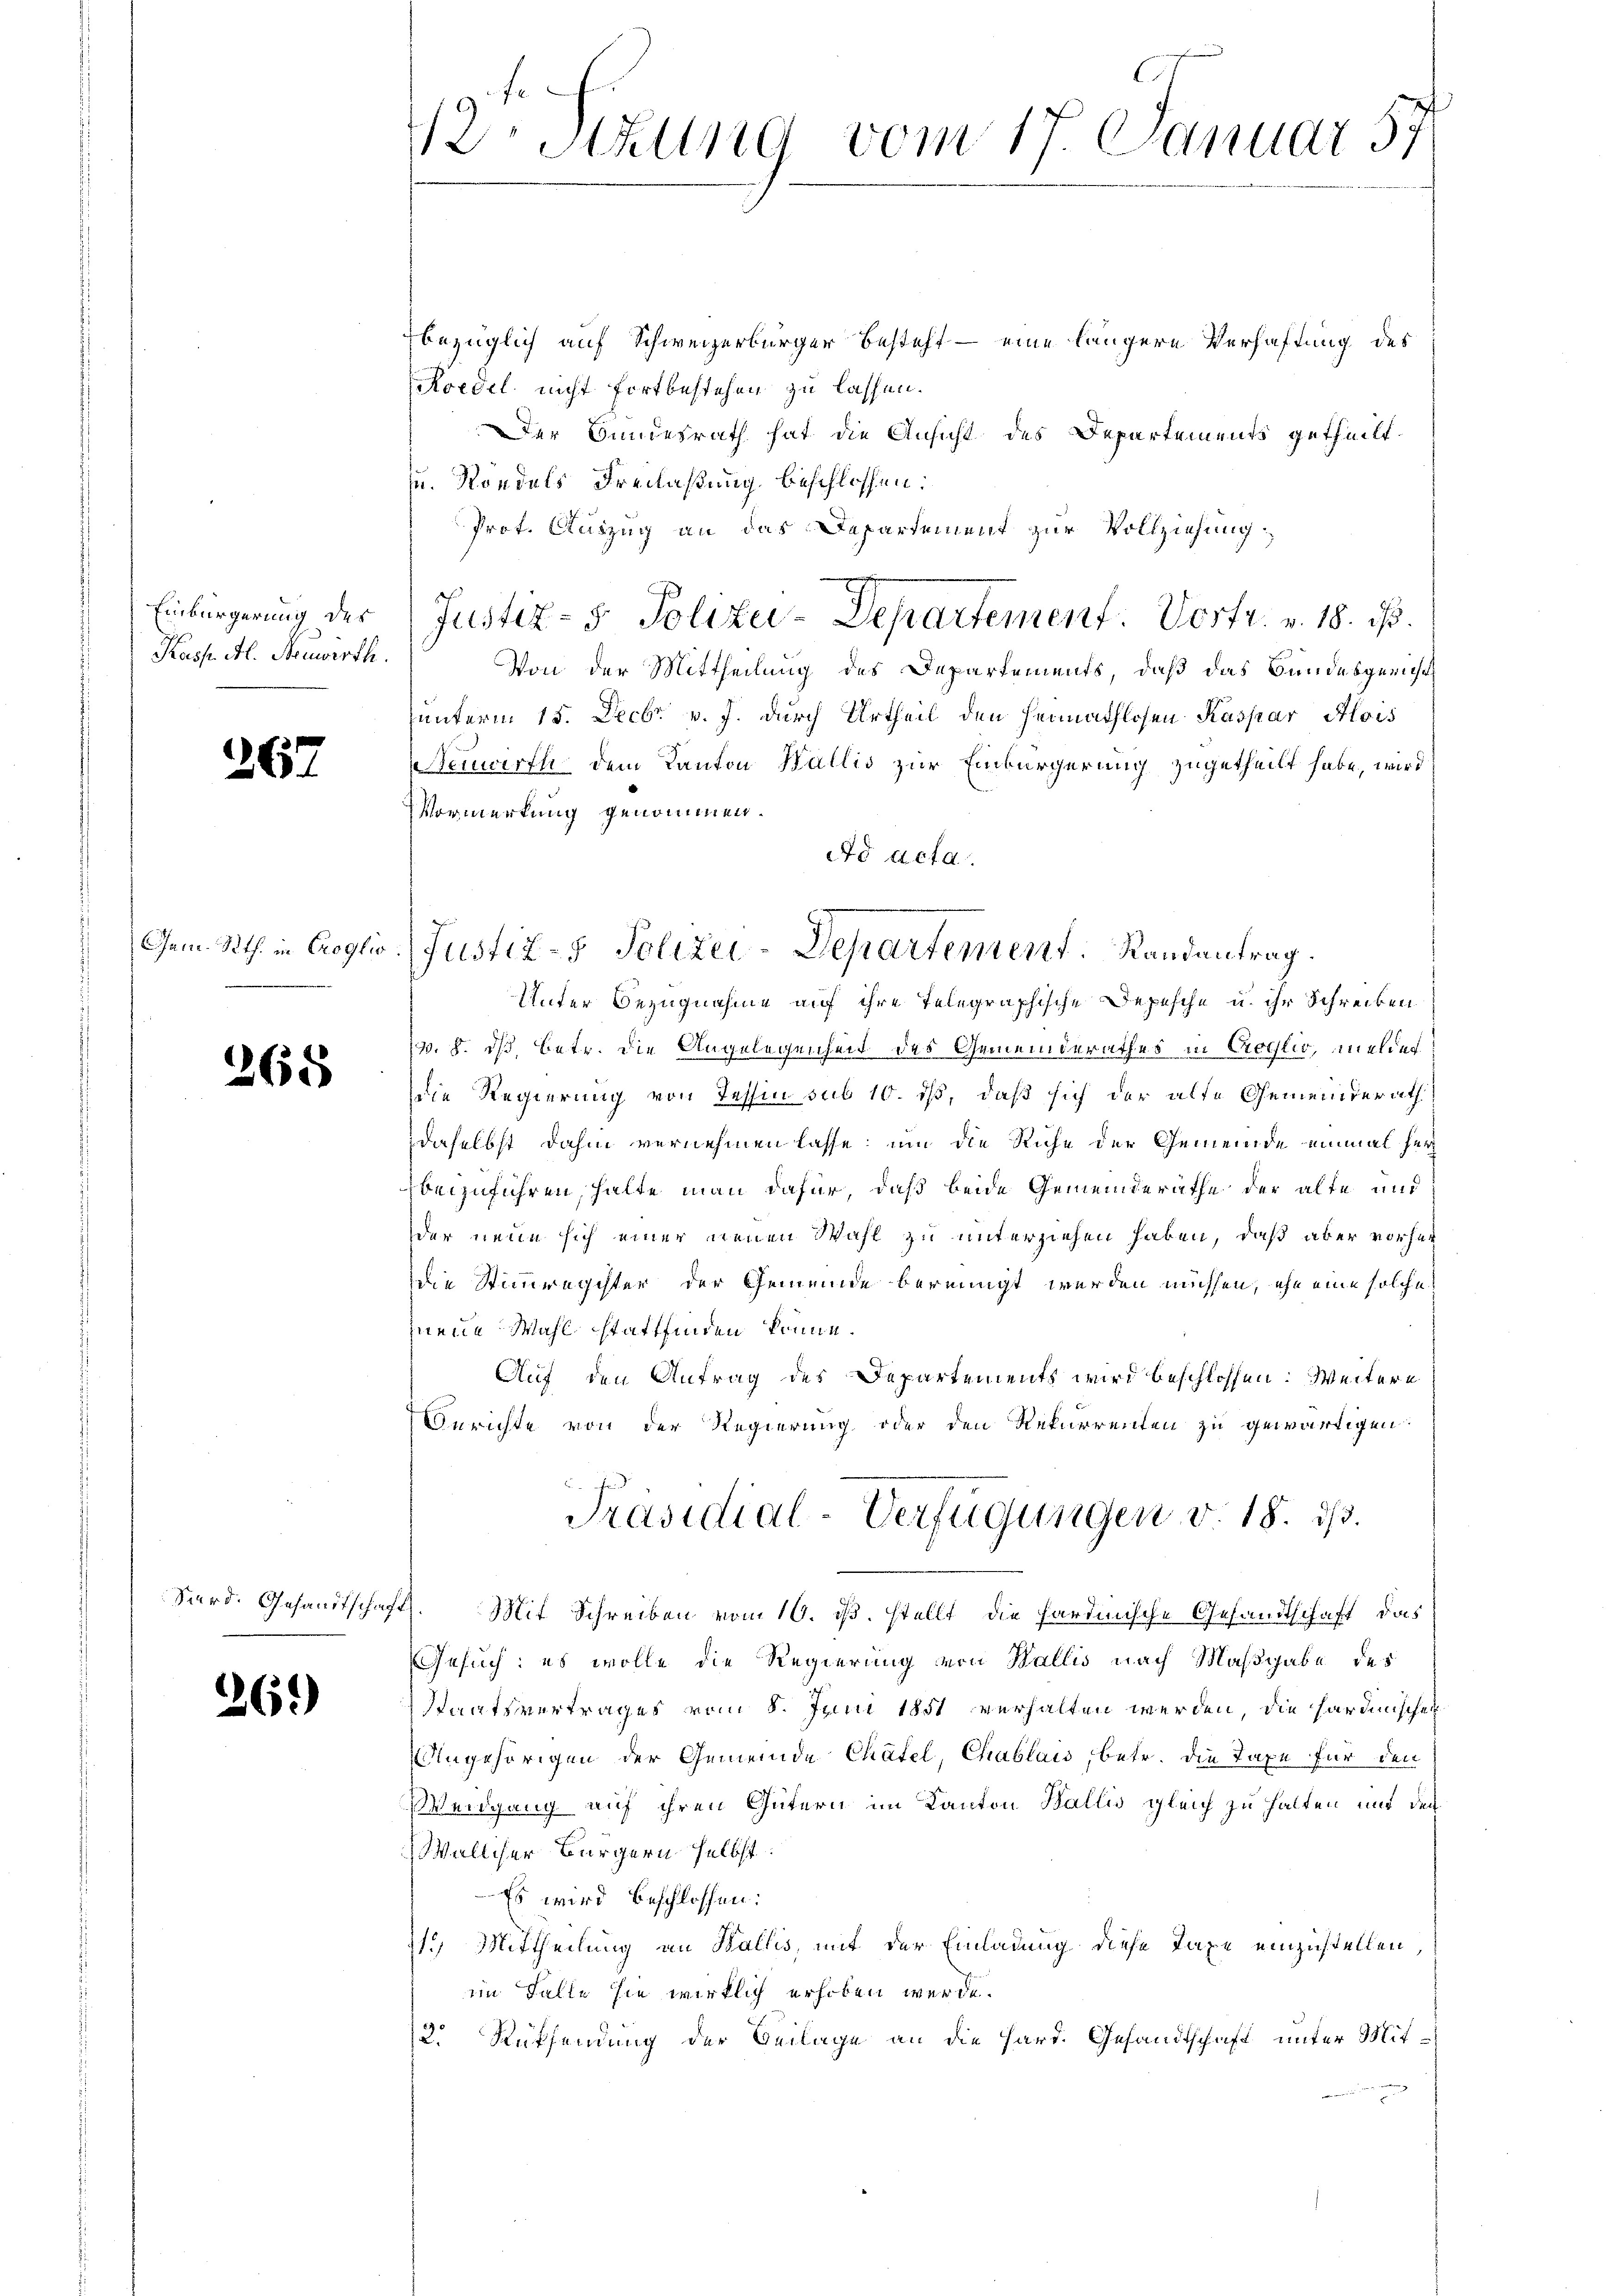
Kass. Al. Neuwirth.

267

.

265

Sard. Gesandtschaft

26.)

V2 Stzung vom 17. Januar 57

bezüglich auf Schweizerbürger besteht – eine längere Verhaftung des
Koedel nicht fortbestehen zu lassen.
Der Bundesrath hat die Ansicht des Departements getheilt.
u. Rändels Freilaßung beschlossen:
Prot. Auszug an das Departement zur Vollziehung
Einbürgerung der Justiz- & Polizei-Departement. Vortr. v. 18. d.
Von der Mittheilung des Departements, daß das Bundesgericht
unterm 15. Decbr. v. J. durch Urtheil den Heimathlosen Kaspar Alois
Neuwirth dem Kanton Wallis zur Einbürgerung zugetheilt habe, wird
Vormerkung genommen.
Ad acta.
Unter Bezugnahme auf ihre Telegraphische Depesche u. ihr Schreiben
v. 8. ds, betr. die Angelegenheit des Gemeinderathes in Croglio, melder
die Regierung von Tessin sub 10. ds, daß sich der alte Gemeinderath
daselbst dahin vernehmen lasse, um die Ruhe der Gemeinde einmal her
beizuführen, halte man dafür, daß beide Gemeinderäthe der alte und
der neue sich einer neuen Wahl zu unterziehen haben, daß aber vorher
die Stimmregister der Gemeinde bereinigt werden müssen, ihn eine solche
neue Mahl stattfinden könne.
Auf den Antrag des Departements wird beschlossen: Weitere
Berichte von der Regierung oder den Rekurrenten zu gewärtigen
Präsidial-Verfügungen v. 18. ds.
Mit Schreiben vom 10. ds. stellt die hardinische Gesandtschaft, das
Gesuch: es wolle die Regierung von Wallis nach Maßgabe des
Staatsvertrages vom 8. Juni 1851 verhalten werden, die sardinischen
Angehörigen der Gemeinde Chätel, Chablais, betr. die Taxe für den
Wengung auf ihren Gütern im Kanton Wallis gleich zu halten und den
Walliser Bürgern selbst.
Es wird beschlossen:
1.) Mittheilung an Wallis, mit der Einladung diese Taxe einzustellen,
im Falle sie wirklich erhoben werde.
3. Rücksendung der Beilage an die Hard. Gesandtschaft unter Mit¬

Gem. Rth. in Croglio. Justiz- & Polizei-Departement. Randantrag.